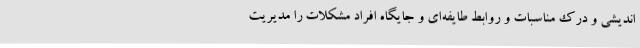
اندیشی و درک مناسبات و روابط طایفه‌ای و جایگاه افراد مشکلات را مدیریت